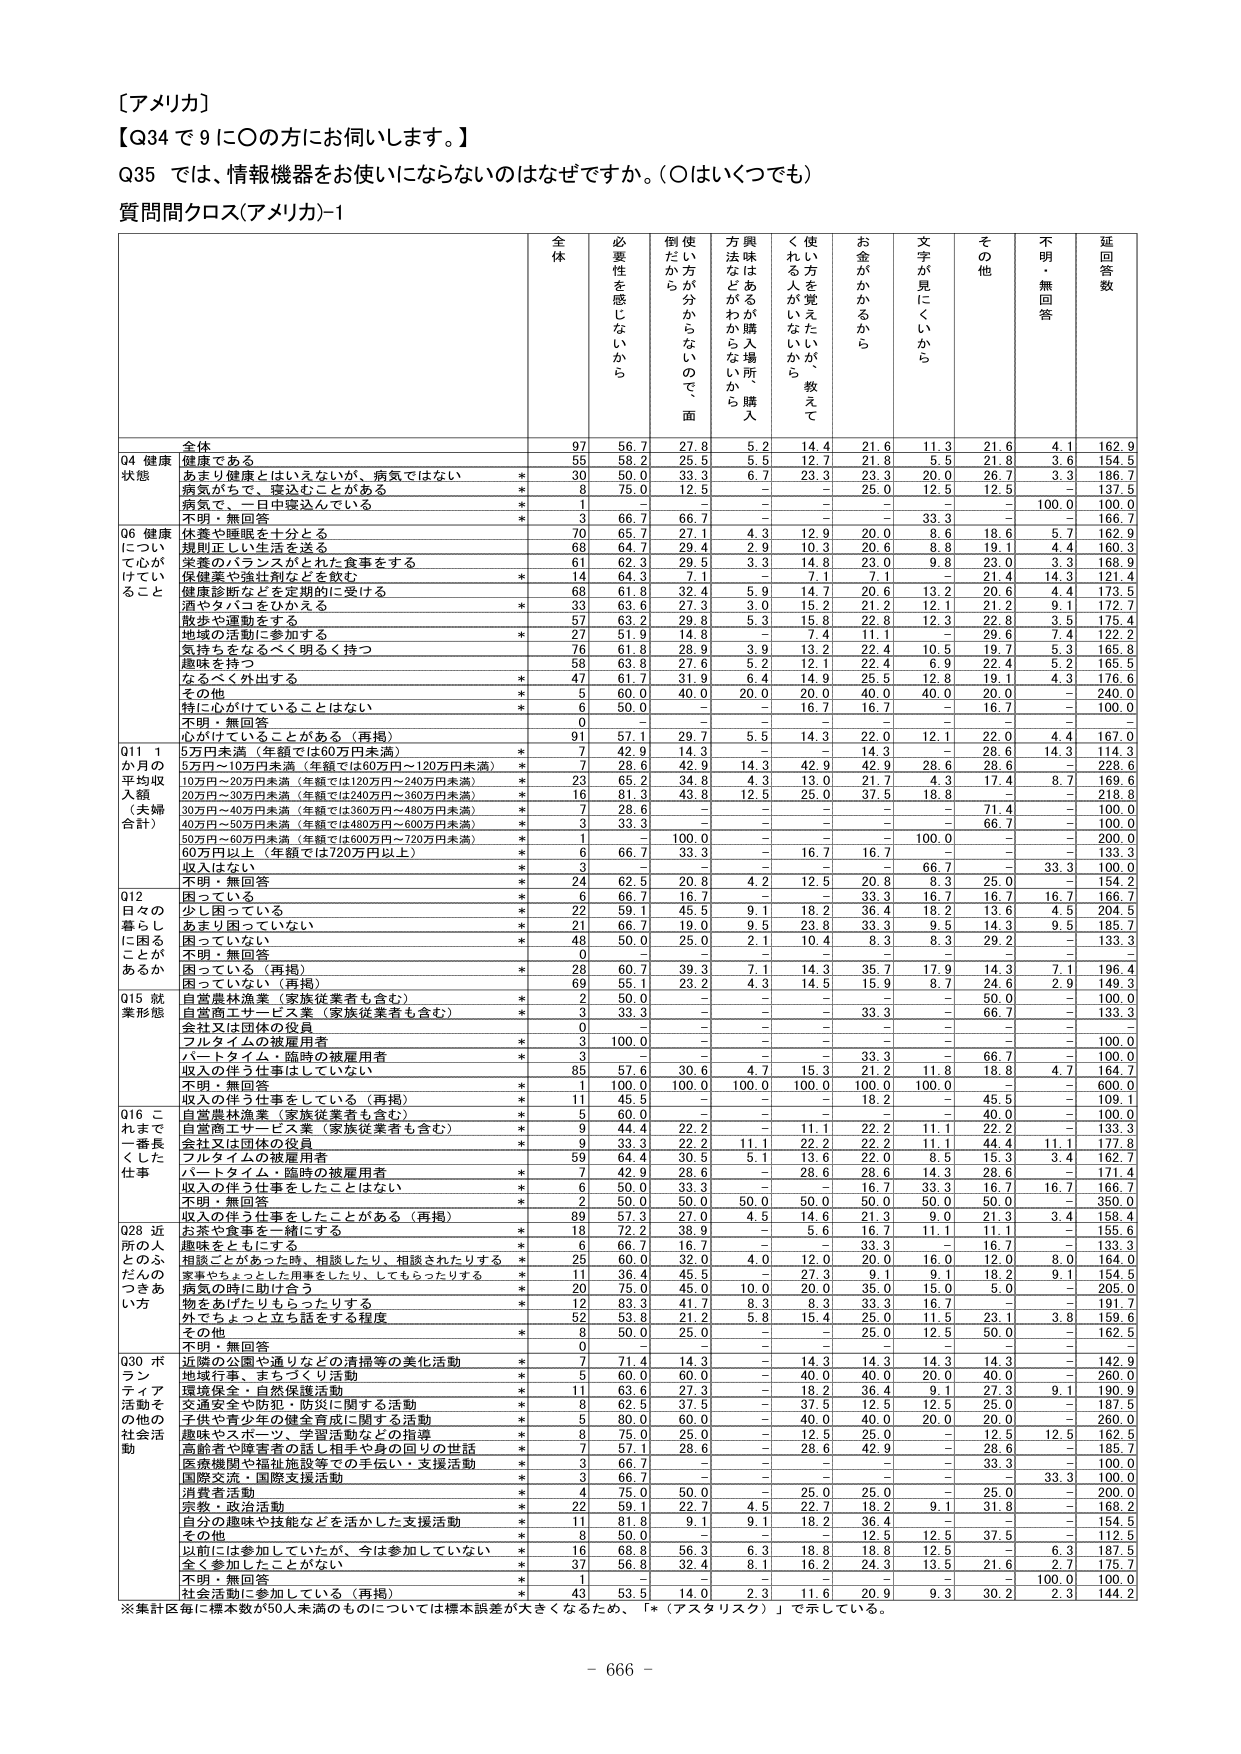
［アメリカ］
【Q34 で 9 に〇の方にお伺いします。】
Q35 では、情報機器をお使いにならないのはなぜですか。（〇はいくつでも）
質問間クロス（アメリカ）-1

全体 必要性を感じないから 倒したから 使い方が分からないので面 興味はあるが購入場所が分からないから 使い方を覚えたいが、教えてくれる人がいないから お金がかかるから 文字が見にくいから その他 不明・無回答 延回答数

Q4 健康状態
全体 97 56.7 27.8 5.2 14.4 21.6 11.3 21.6 4.1 162.9
健康である 55 58.2 25.5 5.5 12.7 21.8 5.5 21.8 3.6 154.5
あまり健康とはいえないが、病気ではない * 30 50.0 33.3 6.7 23.3 23.3 20.0 26.7 3.3 186.7
病気がちで、寝込むことがある * 8 75.0 12.5 – – 25.0 12.5 12.5 – 137.5
病気で、一日中寝込んでいる * 1 – – – – – – – 100.0 100.0
不明・無回答 * 3 66.7 66.7 – – – 33.3 – – 166.7

Q6 健康について心がけていること
休養や睡眠を十分とる 70 65.7 27.1 4.3 12.9 20.0 8.6 18.6 5.7 162.9
規則正しい生活を送る 68 64.7 29.4 2.9 10.3 20.6 8.8 19.1 4.4 160.3
栄養のバランスがとれた食事をする 61 62.3 29.5 3.3 14.8 23.0 9.8 23.0 3.3 168.9
健康薬や強壮剤などを飲む * 14 64.3 7.1 – 7.1 7.1 – 21.4 14.3 121.4
健康診断などを定期的に受ける 68 61.8 32.4 5.9 14.7 20.6 13.2 20.6 4.4 173.5
酒やタバコをひかえる * 39 63.6 27.3 3.0 15.2 21.2 12.1 21.2 9.1 172.7
散歩や運動をする 57 63.2 29.8 5.3 15.8 22.8 12.3 22.8 3.5 175.4
地域の活動に参加する * 27 51.9 14.8 – 7.4 11.1 – 29.6 7.4 122.2
気持ちをなるべく明るく持つ 76 61.8 28.9 3.9 13.2 22.4 10.5 19.7 5.3 165.8
趣味を持つ 58 63.8 27.6 5.2 12.1 22.4 6.9 22.4 5.2 165.5
なるべく外出する * 47 61.7 31.9 6.4 14.9 25.5 12.8 19.1 4.3 176.6
その他 * 5 60.0 40.0 20.0 20.0 40.0 40.0 20.0 – 240.0
特に心がけていることはない * 6 50.0 – – 16.7 16.7 – 16.7 – 100.0
不明・無回答 0 – – – – – – – – –
心がけていることがある（再掲） 91 57.1 29.7 5.5 14.3 22.0 12.1 22.0 4.4 167.0

Q11 1か月の平均収入額（夫婦合計）
5万円未満（年額では60万円未満） * 7 42.9 14.3 – – 14.3 – 28.6 14.3 114.3
5万円～10万円未満（年額では60万円～120万円未満） * 7 28.6 42.9 14.3 42.9 42.9 28.6 28.6 – 228.6
10万円～20万円未満（年額では120万円～240万円未満） * 23 56.2 39.8 4.3 13.0 21.7 4.3 17.4 8.7 169.6
20万円～30万円未満（年額では240万円～360万円未満） * 16 81.3 43.8 12.5 25.0 37.5 18.8 – – 218.8
30万円～40万円未満（年額では360万円～480万円未満） * 7 28.6 – – – – – 71.4 – 100.0
40万円～50万円未満（年額では480万円～600万円未満） * 3 33.3 – – – – – 66.7 – 100.0
50万円～60万円未満（年額では600万円～720万円未満） * 1 – 100.0 – – – 100.0 – – 200.0
60万円以上（年額では720万円以上） * 6 66.7 33.3 – 16.7 16.7 – – – 133.3
収入はない * 3 – – – – – 66.7 – 33.3 100.0
不明・無回答 * 24 62.5 20.8 4.2 12.5 20.8 8.3 25.0 – 154.2

Q12 日々の暮らしに困ることがあるか
困っている * 6 66.7 16.7 – – 33.3 16.7 16.7 16.7 166.7
少し困っている * 22 59.1 45.5 9.1 18.2 36.4 18.2 13.6 4.5 204.5
あまり困っていない * 21 66.7 19.0 9.5 23.8 33.3 9.5 14.3 9.5 185.7
困っていない * 49 50.0 25.0 2.1 10.4 8.3 8.3 29.2 – 133.3
不明・無回答 0 – – – – – – – – –
困っている（再掲） * 28 60.7 39.3 7.1 14.3 35.7 17.9 14.3 7.1 196.4
困っていない（再掲） 69 55.1 23.2 4.3 14.5 15.9 8.7 24.6 2.9 149.3

Q15 就業形態
自営農林漁業（家族従業者も含む） * 2 50.0 – – – – – 50.0 – 100.0
自営商工サービス業（家族従業者も含む） * 3 33.3 – – – 33.3 – 66.7 – 133.3
会社又は団体の役員 0 – – – – – – – – –
フルタイムの被雇用者 * 3 100.0 – – – – – – – 100.0
パートタイム・臨時の被雇用者 * 3 – – – – 33.3 – 66.7 – 100.0
収入の伴う仕事はしていない 85 57.6 30.6 4.7 15.3 21.2 11.8 18.8 4.7 164.7
不明・無回答 * 1 100.0 100.0 100.0 100.0 100.0 100.0 – – 600.0
収入の伴う仕事をしている（再掲） * 11 45.5 – – – 18.2 – 45.5 – 109.1

Q16 これまで一番長くした仕事
自営農林漁業（家族従業者も含む） * 5 60.0 – – – – – 40.0 – 100.0
自営商工サービス業（家族従業者も含む） * 9 44.4 22.2 – 11.1 22.2 11.1 22.2 – 133.3
会社又は団体の役員 * 9 33.3 22.2 11.1 22.2 22.2 11.1 44.4 11.1 177.8
フルタイムの被雇用者 59 64.4 30.5 5.1 13.6 22.0 8.5 15.3 3.4 162.7
パートタイム・臨時の被雇用者 * 7 42.9 28.6 – 28.6 28.6 14.3 28.6 – 171.4
収入の伴う仕事をしたことはない * 6 50.0 33.3 – – 16.7 33.3 16.7 16.7 166.7
不明・無回答 * 2 50.0 50.0 50.0 50.0 50.0 50.0 – – 350.0
収入の伴う仕事をしたことがある（再掲） 89 57.3 27.0 4.5 14.6 21.3 9.0 21.3 3.4 158.4

Q28 近所の人とのふだんのつきあい方
お茶や食事を一緒にする * 18 72.2 38.9 – 5.6 16.7 11.1 11.1 – 155.6
趣味をともにする * 6 66.7 16.7 – – 33.3 – 16.7 – 133.3
相談ことがあった時、相談したり、相談されたりする 25 60.0 32.0 4.0 12.0 20.0 16.0 12.0 8.0 164.0
家事やちょっとした用事をしたり、してもらったりする * 11 36.4 45.5 – 27.3 9.1 9.1 18.2 9.1 154.5
病気の時に助け合う * 20 75.0 45.0 10.0 20.0 35.0 15.0 5.0 – 205.0
物をあげたりもらったりする * 12 83.3 41.7 8.3 8.3 33.3 16.7 – – 191.7
外でちょっと立ち話をする程度 52 53.8 21.2 5.8 15.4 25.0 11.5 23.1 3.8 159.6
その他 * 8 50.0 25.0 – – 25.0 12.5 50.0 – 162.5
不明・無回答 0 – – – – – – – – –

Q30 ボランティア活動その他の社会活動
近隣の公園や通りなどの清掃等の美化活動 * 7 71.4 14.3 – 14.3 14.3 14.3 14.3 – 142.9
地域行事・まちづくり活動 * 5 60.0 60.0 – 40.0 40.0 20.0 40.0 – 260.0
環境保全・自然保護活動 * 11 63.6 27.3 – 18.2 36.4 9.1 27.3 9.1 190.9
交通安全や防犯・防災に関する活動 * 8 62.5 37.5 – 37.5 12.5 12.5 25.0 – 187.5
子供や青少年の健全育成に関する活動 * 5 80.0 60.0 – 40.0 40.0 20.0 20.0 – 260.0
趣味やスポーツ・学習活動などの指導 8 75.0 25.0 – 12.5 25.0 – 12.5 12.5 162.5
高齢者や障害者の話し相手や身の回りの世話 * 7 57.1 28.6 – 28.6 42.9 – 28.6 – 185.7
医療機関や福祉施設等での手伝い・支援活動 * 3 66.7 – – – – – 33.3 – 100.0
国際交流・国際支援活動 * 3 66.7 – – – – – – 33.3 100.0
消費者活動 * 4 75.0 50.0 – 25.0 25.0 – 25.0 – 200.0
宗教・政治活動 * 22 59.1 22.7 4.5 22.7 18.2 9.1 31.8 – 168.2
自分の趣味や技能などを活かした支援活動 * 11 81.8 9.1 9.1 18.2 36.4 – – – 154.5
その他 * 8 50.0 – – – 12.5 12.5 37.5 – 112.5
以前には参加していたが、今は参加していない * 16 68.8 56.3 6.3 18.8 18.8 12.5 – 6.3 187.5
全く参加したことがない * 37 56.8 32.4 8.1 16.2 24.3 13.5 21.6 2.7 175.7
不明・無回答 * 1 – – – – – – – 100.0 100.0
社会活動に参加している（再掲） 43 53.5 14.0 2.3 11.6 20.9 9.3 30.2 2.3 144.2

※集計区毎に標本数が50人未満のものについては標準誤差が大きくなるため、「*（アスタリスク）」で示している。

－ 666 －